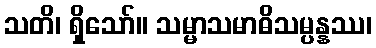
သတိ၊ ရှိသော်။ သမ္မာသမာဓိသမ္ပန္နဿ၊